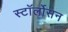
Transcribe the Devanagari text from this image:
स्टॉर्लोसन